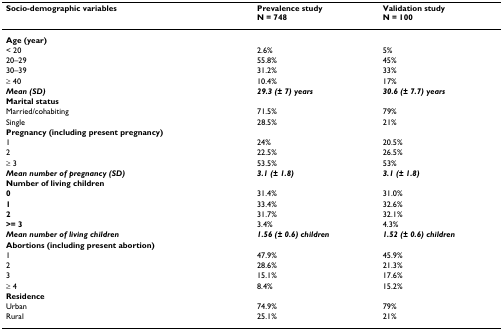
<table><thead><tr><td><b>Socio-demographic variables</b></td><td><b>Prevalence studyN = 748</b></td><td><b>Validation studyN = 100</b></td></tr></thead><tbody><tr><td><b>Age (year)</b></td><td></td><td></td></tr><tr><td>&lt; 20</td><td>2.6%</td><td>5%</td></tr><tr><td>20–29</td><td>55.8%</td><td>45%</td></tr><tr><td>30–39</td><td>31.2%</td><td>33%</td></tr><tr><td>≥ 40</td><td>10.4%</td><td>17%</td></tr><tr><td><b><i>Mean (SD) </i></b></td><td><b><i>29.3 (± 7) years</i></b></td><td><b><i>30.6 (± 7.7) years</i></b></td></tr><tr><td><b>Marital status</b></td><td></td><td></td></tr><tr><td>Married/cohabiting</td><td>71.5%</td><td>79%</td></tr><tr><td>Single</td><td>28.5%</td><td>21%</td></tr><tr><td><b>Pregnancy (including present pregnancy)</b></td><td></td><td></td></tr><tr><td>1</td><td>24%</td><td>20.5%</td></tr><tr><td>2</td><td>22.5%</td><td>26.5%</td></tr><tr><td>≥ 3</td><td>53.5%</td><td>53%</td></tr><tr><td><b><i>Mean number of pregnancy (SD)</i></b></td><td><b><i>3.1 (± 1.8)</i></b></td><td><b><i>3.1 (± 1.8)</i></b></td></tr><tr><td><b>Number of living children</b></td><td></td><td></td></tr><tr><td><b>0</b></td><td>31.4%</td><td>31.0%</td></tr><tr><td><b>1</b></td><td>33.4%</td><td>32.6%</td></tr><tr><td><b>2</b></td><td>31.7%</td><td>32.1%</td></tr><tr><td><b>&gt;= 3</b></td><td>3.4%</td><td>4.3%</td></tr><tr><td><b><i>Mean number of living children </i></b></td><td><b><i>1.56 (± 0.6) children </i></b></td><td><b><i>1.52 (± 0.6) children</i></b></td></tr><tr><td><b>Abortions (including present abortion)</b></td><td></td><td></td></tr><tr><td>1</td><td>47.9%</td><td>45.9%</td></tr><tr><td>2</td><td>28.6%</td><td>21.3%</td></tr><tr><td>3</td><td>15.1%</td><td>17.6%</td></tr><tr><td>≥ 4</td><td>8.4%</td><td>15.2%</td></tr><tr><td><b>Residence</b></td><td></td><td></td></tr><tr><td>Urban</td><td>74.9%</td><td>79%</td></tr><tr><td>Rural</td><td>25.1%</td><td>21%</td></tr></tbody></table>